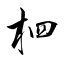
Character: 柶